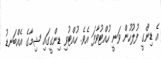
އެ ޑިންގީ ފުލުހުން ވަނީ ހުއްޓުވާފަ އެވެ. ހުއްޓުވި ޑިންގީގައި ޝިމާގެ އެއްބަނޑު